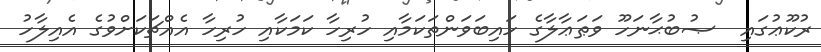
ރުކޫޢުގައި  ޞުބުޙާނަހޫ ވަޠަޢާލާގެ ހައިބަވަންތަކަމާއި ހުރިހާ ކަމަކާއި ހުރިހާ އެއްޗަކަށްވުގެ އެއިލާހު